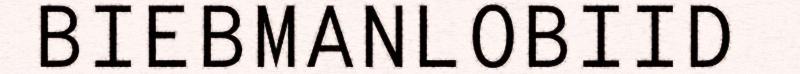
BIEBMANLOBIID